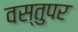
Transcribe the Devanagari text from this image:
वस्तुपर